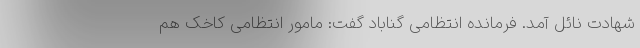
شهادت نائل آمد. فرمانده انتظامی گناباد گفت: مامور انتظامی کاخک هم